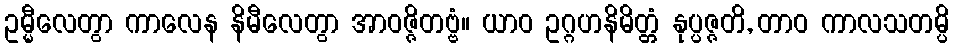
ဥမ္မီလေတွာ ကာလေန နိမီလေတွာ အာဝဇ္ဇိတဗ္ဗံ။ ယာဝ ဥဂ္ဂဟနိမိတ္တံ နုပ္ပဇ္ဇတိ, တာဝ ကာလသတမ္ပိ